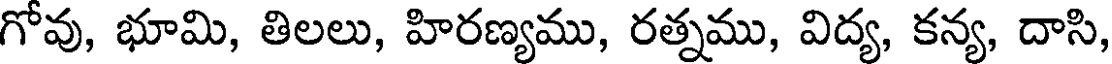
గోవు, భూమి, తిలలు, హిరణ్యము, రత్నము, విద్య, కన్య, దాసి,